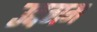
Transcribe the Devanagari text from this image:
उद्दगम